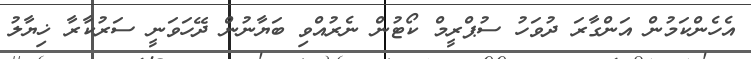
އެހެންކަމުން އަންގާރަ ދުވަހު ސުޕްރީމް ކޯޓުން ނެރުއްވި ބަޔާނުން ދޭހަވަނީ ސަރުކާރާ ޚިޔާލު